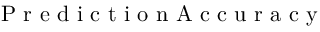
\mathrm { ~ P ~ r ~ e ~ d ~ i ~ c ~ t ~ i ~ o ~ n ~ A ~ c ~ c ~ u ~ r ~ a ~ c ~ y ~ }